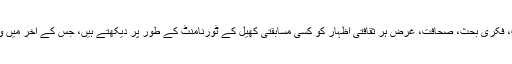
ہمارے ہاں رائج بہت سی بوالعجبیوں میں سے ایک یہ بھی ہے کہ ہم ادب، فکری بحث، صحافت، غرض ہر ثقافتی اظہار کو کسی مسابقتی کھیل کے ٹورنامنٹ کے طور پر دیکھتے ہیں، جس کے آخر میں وکٹری اسٹینڈ پر فقط ایک کی جگہ ہوتی ہے جو باقی سب کو پچھاڑ آیا ہو۔